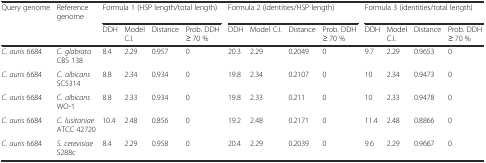
<table><thead><tr><td><b>Query genome</b></td><td><b>Reference genome</b></td><td colspan="4"><b>Formula 1 (HSP length/total length)</b></td><td colspan="4"><b>Formula 2 (identities/HSP length)</b></td><td colspan="4"><b>Formula 3 (identities/total length)</b></td></tr><tr><td colspan="2"></td><td><b>DDH</b></td><td><b>Model C.I.</b></td><td><b>Distance</b></td><td><b>Prob. DDH ≥ 70 %</b></td><td><b>DDH</b></td><td><b>Model C.I.</b></td><td><b>Distance</b></td><td><b>Prob. DDH ≥ 70 %</b></td><td><b>DDH</b></td><td><b>Model C.I.</b></td><td><b>Distance</b></td><td><b>Prob. DDH ≥ 70 %</b></td></tr></thead><tbody><tr><td><i>C. auris</i> 6684</td><td><i>C. glabrata</i> CBS 138</td><td>8.4</td><td>2.29</td><td>0.957</td><td>0</td><td>20.3</td><td>2.29</td><td>0.2049</td><td>0</td><td>9.7</td><td>2.29</td><td>0.9653</td><td>0</td></tr><tr><td><i>C. auris</i> 6684</td><td><i>C. albicans</i> SC5314</td><td>8.8</td><td>2.34</td><td>0.934</td><td>0</td><td>19.8</td><td>2.34</td><td>0.2107</td><td>0</td><td>10</td><td>2.34</td><td>0.9473</td><td>0</td></tr><tr><td><i>C. auris</i> 6684</td><td><i>C. albicans</i> WO-1</td><td>8.8</td><td>2.33</td><td>0.934</td><td>0</td><td>19.8</td><td>2.33</td><td>0.211</td><td>0</td><td>10</td><td>2.33</td><td>0.9478</td><td>0</td></tr><tr><td><i>C. auris</i> 6684</td><td><i>C. lusitaniae</i> ATCC 42720</td><td>10.4</td><td>2.48</td><td>0.856</td><td>0</td><td>19.2</td><td>2.48</td><td>0.2171</td><td>0</td><td>11.4</td><td>2.48</td><td>0.8866</td><td>0</td></tr><tr><td><i>C. auris</i> 6684</td><td><i>S. cerevisiae</i> S288c</td><td>8.4</td><td>2.29</td><td>0.958</td><td>0</td><td>20.4</td><td>2.29</td><td>0.2039</td><td>0</td><td>9.6</td><td>2.29</td><td>0.9667</td><td>0</td></tr></tbody></table>